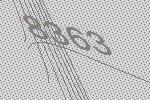
8363